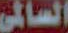
السالمي